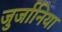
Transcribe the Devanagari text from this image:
जुर्जानिया